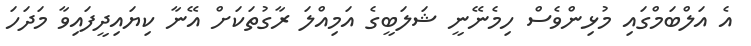
އެ އަލްބަމްގައި މުޅިންވެސް ހިމެނޭނީ ޝަލަބީގެ އަމިއްލަ ރާގުތަކަށް އޭނާ ކިޔައިދީފައިވާ މަދަހަ